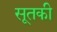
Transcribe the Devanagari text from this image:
सूतकी